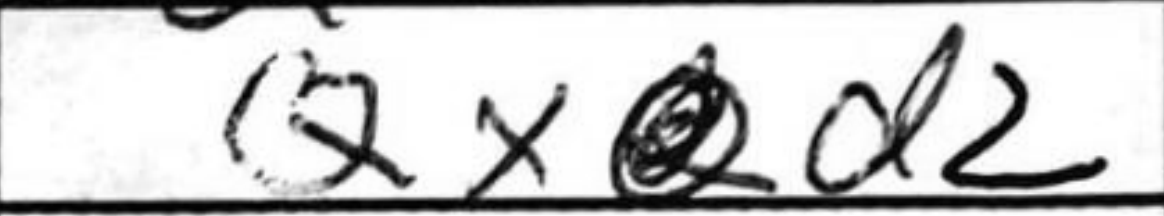
Transcription: QxQd2